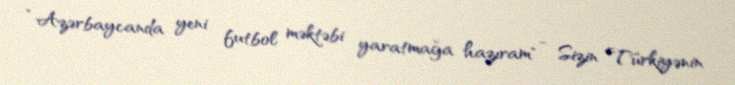
“Azərbaycanda yeni futbol məktəbi yaratmağa hazıram" - Sizin Türkiyənin